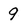
Character: 9